Civil Veterinary Dept. Bombay admin report 1932-41 - 1932-1941
Year: 1932
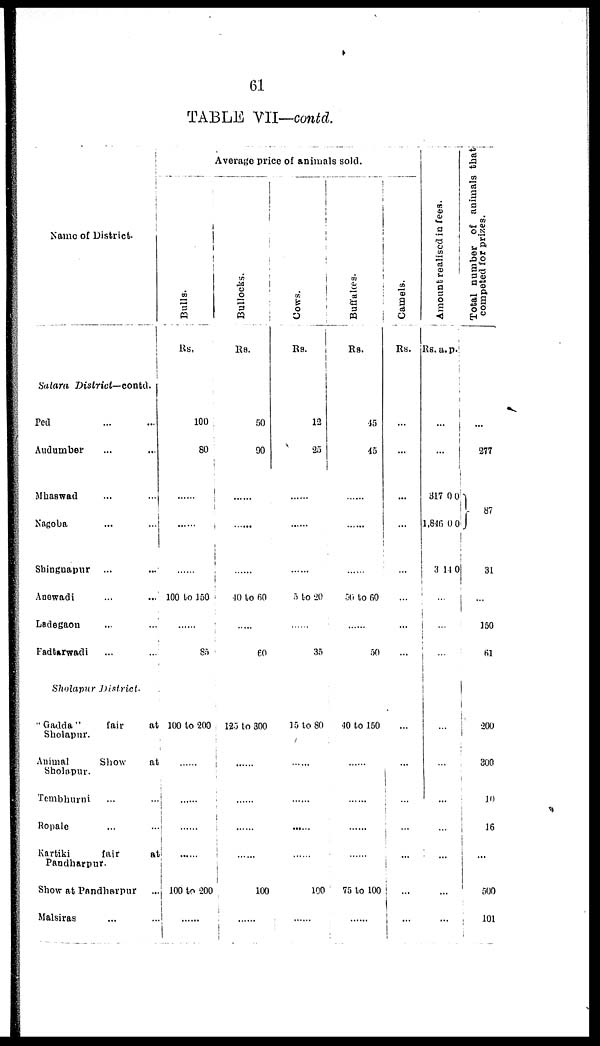
61
TABLE VII—contd.
Name of District.
Satara
District—contd.
Ped
Audumber ... ...
Mhaswad ... ...
Nagoba ... ...
Shingnapur ...
Anewadi ... ...
Ladegaon ... ...
Fadtarwadi ... ...
Sholapur District.
" Gadda"
fair
at
Sholapur.
Animal
Show
at
Sholapur.
Tembhurni ... ...
Ropale ... ...
Kartiki
fair
at
Pandharpur.
Show at Pandharpur ...
Malsiras ... ...
Average price of animals sold.
Bulls.
Rs.
100
80
......
......
100 to 150
......
85
100 to 200
......
...
......
100 to 200
Bullocks.
Rs.
00
90
......
40
to 60
......
60
125 to 300
......
......
......
......
100
......
Cows.
Rs.
12
25
......
5 to 20
......
35
15 to 80
......
......
100
Buffaloes.
Rs.
45
45
......
......
......
50 to 60
......
50
40 to 150
......
...
......
75 to 100
......
Camels.
Rs.
...
...
...
...
...
...
...
...
...
...
...
...
...
...
...
Amount realised in fees.
Rs. a. p.
...
...
317
1,846
3
0
0
14
0
0
0
...
...
...
...
...
...
...
...
...
...
Total number of animals that
competed for prizes.
...
277
87
31
...
150
61
200
300
10
16
...
500
101